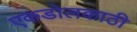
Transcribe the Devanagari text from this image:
एकडोलकाठी